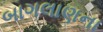
બાગલાણના